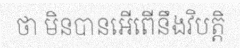
ថា មិនបានអើពើនឹងវិបត្តិ